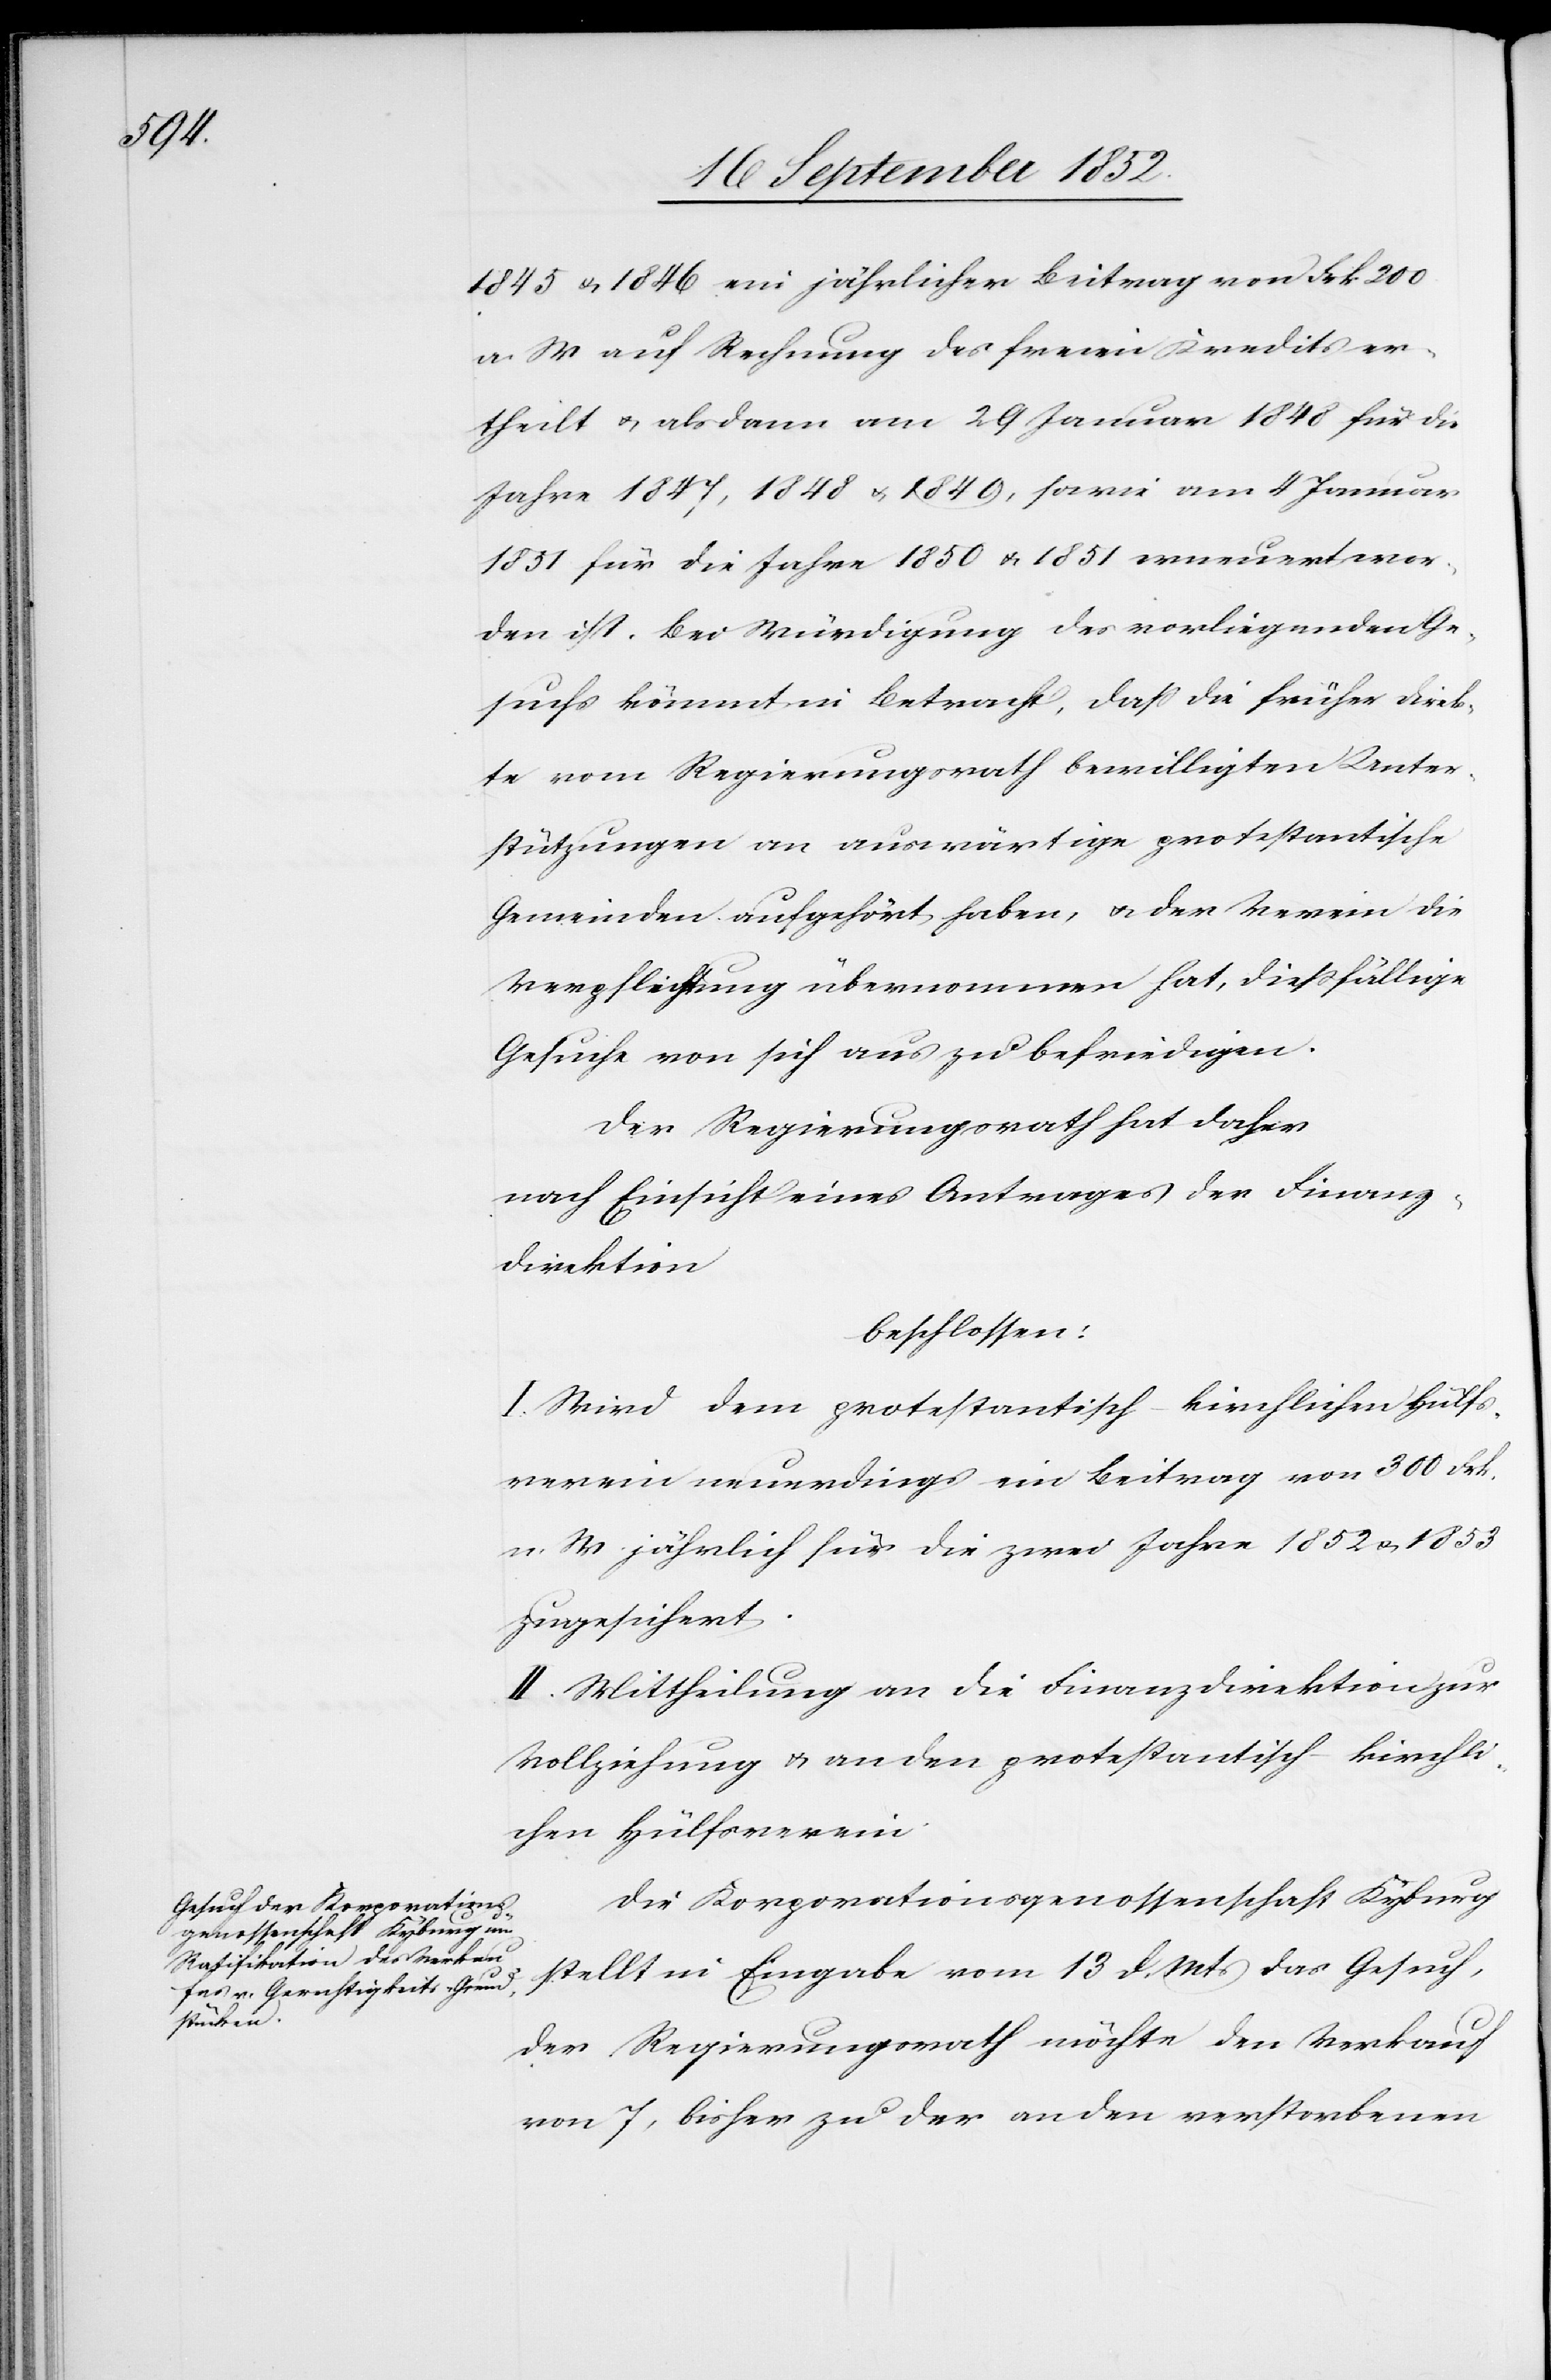
1845 & 1846 ein jährlicher Beitrag von Frk 200
a. W auf Rechnung des freien Kredits er¬
theilt & alsdann am 29 Januar 1848 für die
Jahre 1847, 1848 & 1849, sowie am 4 Januar
1851 für die Jahre 1850 & 1851 erneuert wor¬
den ist. Bei Würdigung des vorliegenden Ge¬
suchs kömmt in Betracht, dass die früher direk¬
te vom Regierungsrath bewilligten Unter¬
stützungen an auswärtige protestantische
Gemeinden aufgehört haben, & der Verein die
Verpflichtung übernommen hat, diessfällige
Gesuche von sich aus zu befriedigen.
Der Regierungsrath hat daher
nach Einsicht eines Antrages der Finanz¬
direktion
beschlossen:
I. Wird dem protestantisch-kirchlichen Hülfs¬
verein neuerdings ein Beitrag von 300 Frk.
n. W. jährlich für die zwei Jahre 1852 & 1853
zugesichert.
II. Mittheilung an die Finanzdirektion zur
Vollziehung & an den protestantisch-kirchli¬
chen Hülfsverein.
Die Korporationsgenossenschaft Kyburg
stellt in Eingabe vom 13 d. Mts das Gesuch,
der Regierungsrath möchte den Verkauf
von 7, bisher zu der an den verstorbenen